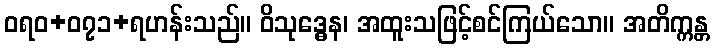
ဝရဝ+၀၇၁+ရဟန်းသည်။ ဝိသုဒ္ဓေန၊ အထူးသဖြင့်စင်ကြယ်သော။ အတိက္ကန္တ